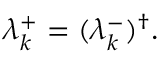
\lambda _ { k } ^ { + } = ( \lambda _ { k } ^ { - } ) ^ { \dag } .